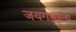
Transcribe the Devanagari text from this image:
जयगडाला